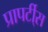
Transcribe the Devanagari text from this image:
प्रापर्टी्स